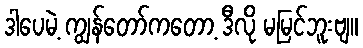
ဒါပေမဲ့ ကျွန်တော်ကတော့ ဒီလို မမြင်ဘူးဗျ။